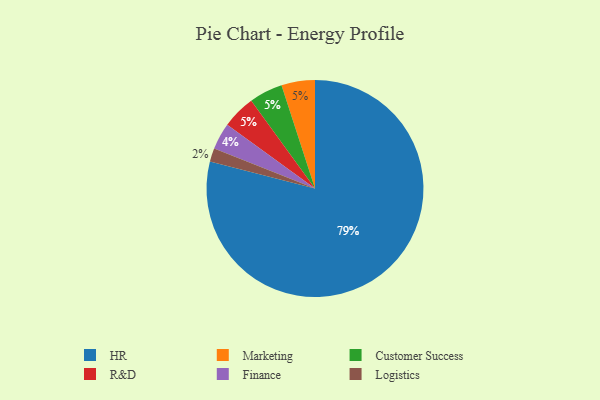
{"axis": {"x": "Category", "y": "Percentage"}, "legend": ["Customer Success", "Finance", "HR", "Logistics", "Marketing", "R&D"], "data": [{"x": "Logistics", "y": 2, "type": "Logistics"}, {"x": "Marketing", "y": 5, "type": "Marketing"}, {"x": "Customer Success", "y": 5, "type": "Customer Success"}, {"x": "Finance", "y": 4, "type": "Finance"}, {"x": "HR", "y": 79, "type": "HR"}, {"x": "R&D", "y": 5, "type": "R&D"}]}